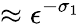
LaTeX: \approx\epsilon^{-\sigma_{1}}